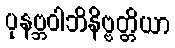
ပုနဗ္ဘဝါဘိနိဗ္ဗတ္တိယာ